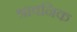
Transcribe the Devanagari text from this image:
श्रावनिक